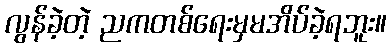
လွန်ခဲ့တဲ့ ညကတစ်ရေးမှမအိပ်ခဲ့ရဘူး။